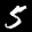
Label: 5